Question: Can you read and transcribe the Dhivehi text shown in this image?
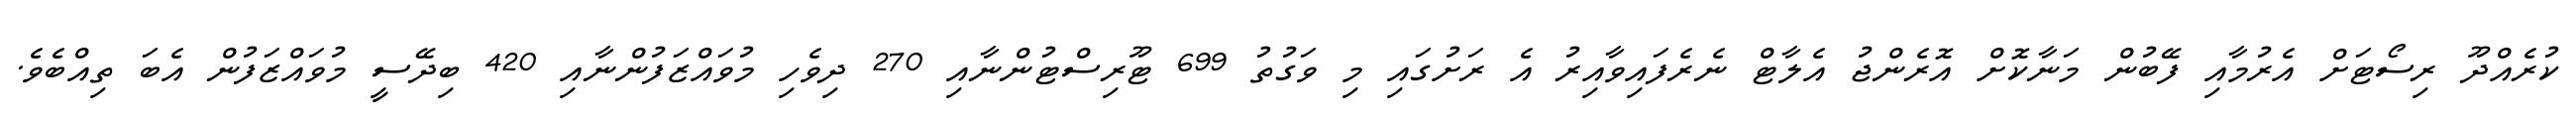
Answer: ކުރެއްދޫ ރިސޯޓަށް އެރުމާއި ފޭބުން މަނާކޮށް އޮރެންޖު އެލާޓް ނެރެފައިވާއިރު އެ ރަށުގައި މި ވަގުތު 699 ޓޫރިސްޓުންނާއި 270 ދިވެހި މުވައްޒަފުންނާއި 420 ބިދޭސީ މުވައްޒަފުން އެބަ ތިއްބެވެ.